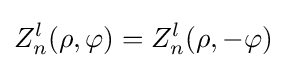
Z_{n}^{l}(\rho ,\varphi )=Z_{n}^{l}(\rho ,-\varphi )